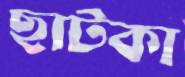
ছাটকা